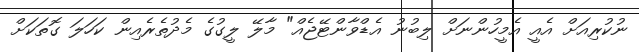
ނުކުރިއަށް އެއީ އެމީހުންނަށް ލިބުނު އެޑްވާންޓޭޖެއް" މާލޭ ލީގުގެ މެދުތެރެއިން ކަހަލަ ގޮތަކަށް